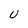
Character: U